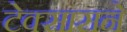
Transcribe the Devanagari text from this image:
टेक्सासने